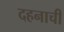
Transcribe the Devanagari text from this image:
दहनाची